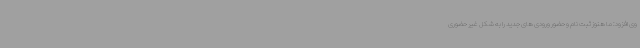
وی افزود: ما هنوز ثبت نام و حضور ورودی های جدید را به شکل غیر حضوری